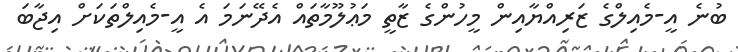
ބުނެ އީ-މެއިލްގެ ޒަރިއްޔާއިން މީހުންގެ ޒާތީ މަޢުލޫމާތައް އެދޭނަމަ އެ އީ-މެއިލްތަކަށް އިޖާބަ